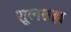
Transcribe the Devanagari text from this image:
शूलब्रह्म